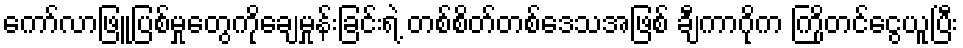
ကော်လာဖြူပြစ်မှုတွေကိုချေမှုန်းခြင်းရဲ့ တစ်စိတ်တစ်ဒေသအဖြစ် ချီကာဂိုက ကြိုတင်ငွေယူပြီး